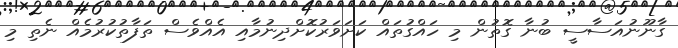
ގާނޫނުއަސާސީ ބުނާ ގޮތުން މި ހައްގުތައް ކަށަވަރުކޮށްދިނުމާއި އެއްވެސް ތަފާތުކުރުމެއް ނެތި މި